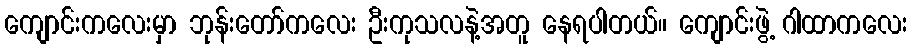
ကျောင်းကလေးမှာ ဘုန်းတော်ကလေး ဦးကုသလနဲ့အတူ နေရပါတယ်။ ကျောင်းဖွဲ့ ဂါထာကလေး